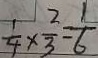
\frac { 1 } { 4 } \times \frac { 2 } { 3 } = \frac { 1 } { 6 }